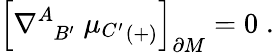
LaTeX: \Bigr[\nabla_{\; \; B^{\prime}}^{A}\; {\mu_{C^{\prime}}}_{(+)}\Bigr]_{\partial M}=0\; .